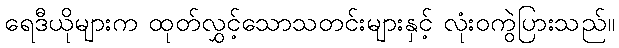
ရေဒီယိုများက ထုတ်လွှင့်သောသတင်းများနှင့် လုံးဝကွဲပြားသည်။